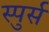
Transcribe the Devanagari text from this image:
स्पुर्स